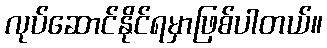
လုပ်ဆောင်နိုင်ရမှာဖြစ်ပါတယ်။